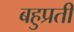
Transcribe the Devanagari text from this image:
बहुप्रती